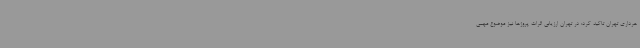
هرداری تهران تاکید کرد: در تهران ارزیابی اثرات پروژها نیز موضوع مهمی